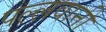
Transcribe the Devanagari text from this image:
पल्लवानी